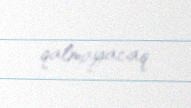
qalmayacaq.